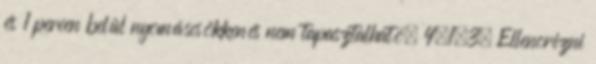
és 1 percen belül nyomáscsökkenés nem tapasztalható. 4.1.3. Ellenõrizni